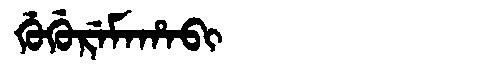
Manchu: ᡤᡠᡤᡠᡵᡝᠮᠠᡥᠠᠪᡳ
Romanization: GUGUREMAHABI